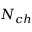
N _ { c h }